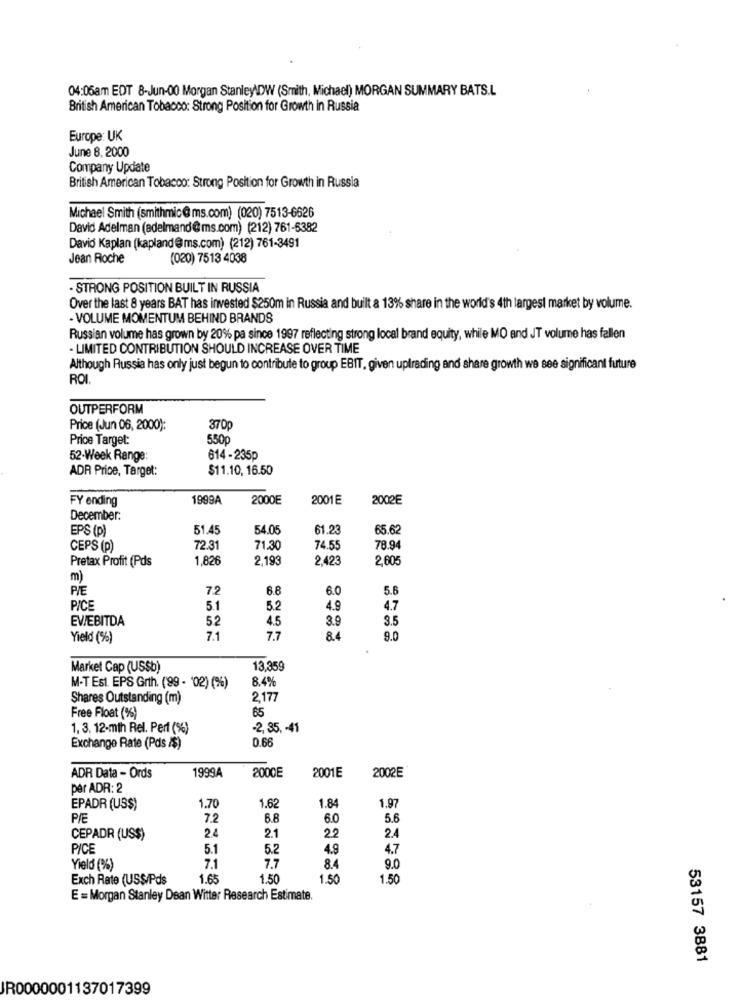
04:05am EDT 8-Jun-00 Morgan Stanley\DW (Smith, Michael) MORGAN SUMMARY BATS.L
British American Tobacco: Strong Position for Growth in Russia
Europe: UK
June 8. 2000
Company Update
British American Tobacco: Strong Position for Growth in Russia
Michael Smith (smithmic@ ms.com) (020) 7513-6626
David Adelman (adelmand @ms.com) (212) 761-6382
David Kaplan (kapland@ms.com) (212) 761-3491
Jean Roche
(020) 7513 4038
- STRONG POSITION BUILT IN RUSSIA
Over the last 8 years BAT has invested $250m in Russia and built & 13% share in the world's 4th largest market by volume.
- VOLUME MOMENTUM BEHIND BRANDS
Russian volume has grown by 20% pa since 1997 reflecting strong local brand equity, while MO and JT volume has fallen
-LIMITED CONTRIBUTION SHOULD INCREASE OVER TIME
Although Russia has only just begun to contribute to group EBIT, given uptrading and share growth we see significant future
ROI.
OUTPERFORM
Price (Jun 06, 2000):
3700
Price Target:
550p
52-Week Range:
614 - 235p
ADR Price, Target:
$11.10, 16.50
FY ending
1999A
2000E
2001E
2002E
December:
EPS (p)
51.45
54.05
61.23
65.62
CEPS (p)
72.31
71.30
74.55
78.94
Pretax Profit (Pds
1,826
2,193
2.423
2,60€
m)
PIE
72
6.8
6.0
5.6
PICE
5.1
5.2
4.9
4.7
EV/EBITDA
52
4.5
3.9
3.5
Yield (%)
7.1
7.7
8.4
9.0
Market Cap (USSb)
13,359
8.4%
M-T Est. EPS Grth. (99 - '02) (%)
Shares Outstanding (m)
2177
Free Float (%)
65
1, 3, 12-mth Rel. Perf (%)
-2, 35, - 41
0.66
Exchange Rate (Pds /$)
1999A
ADR Data - Ords
2000E
2001E
2002E
per ADR: 2
1.97
EPADR (US$)
1.70
1.62
1.8
P/E
7.2
6.8
6.0
5.6
24
CEPADR (US$)
2.1
22
2.4
PICE
5.1
5.2
4.9
4.7
Yield (%)
7,1
7.7
8.4
9.0
Exch Rate (USS/Pds
1.6
1.50
1.50
1.50
E = Morgan Stanley Dean Witter Research Estimate.
53157 3881
JR0000001137017399